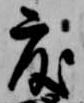
度